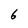
Character: 6